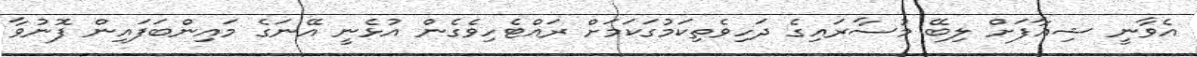
އެވާނީ ޝިއާފަށް ލިބޭ މުސާރައިގެ ދަހިވެތިކަމުގަކަމަށް ރައްޓެހިވެގެން އުޅެނީ އޭނަގެ މައިންބަފައިން ފޮނުވާ